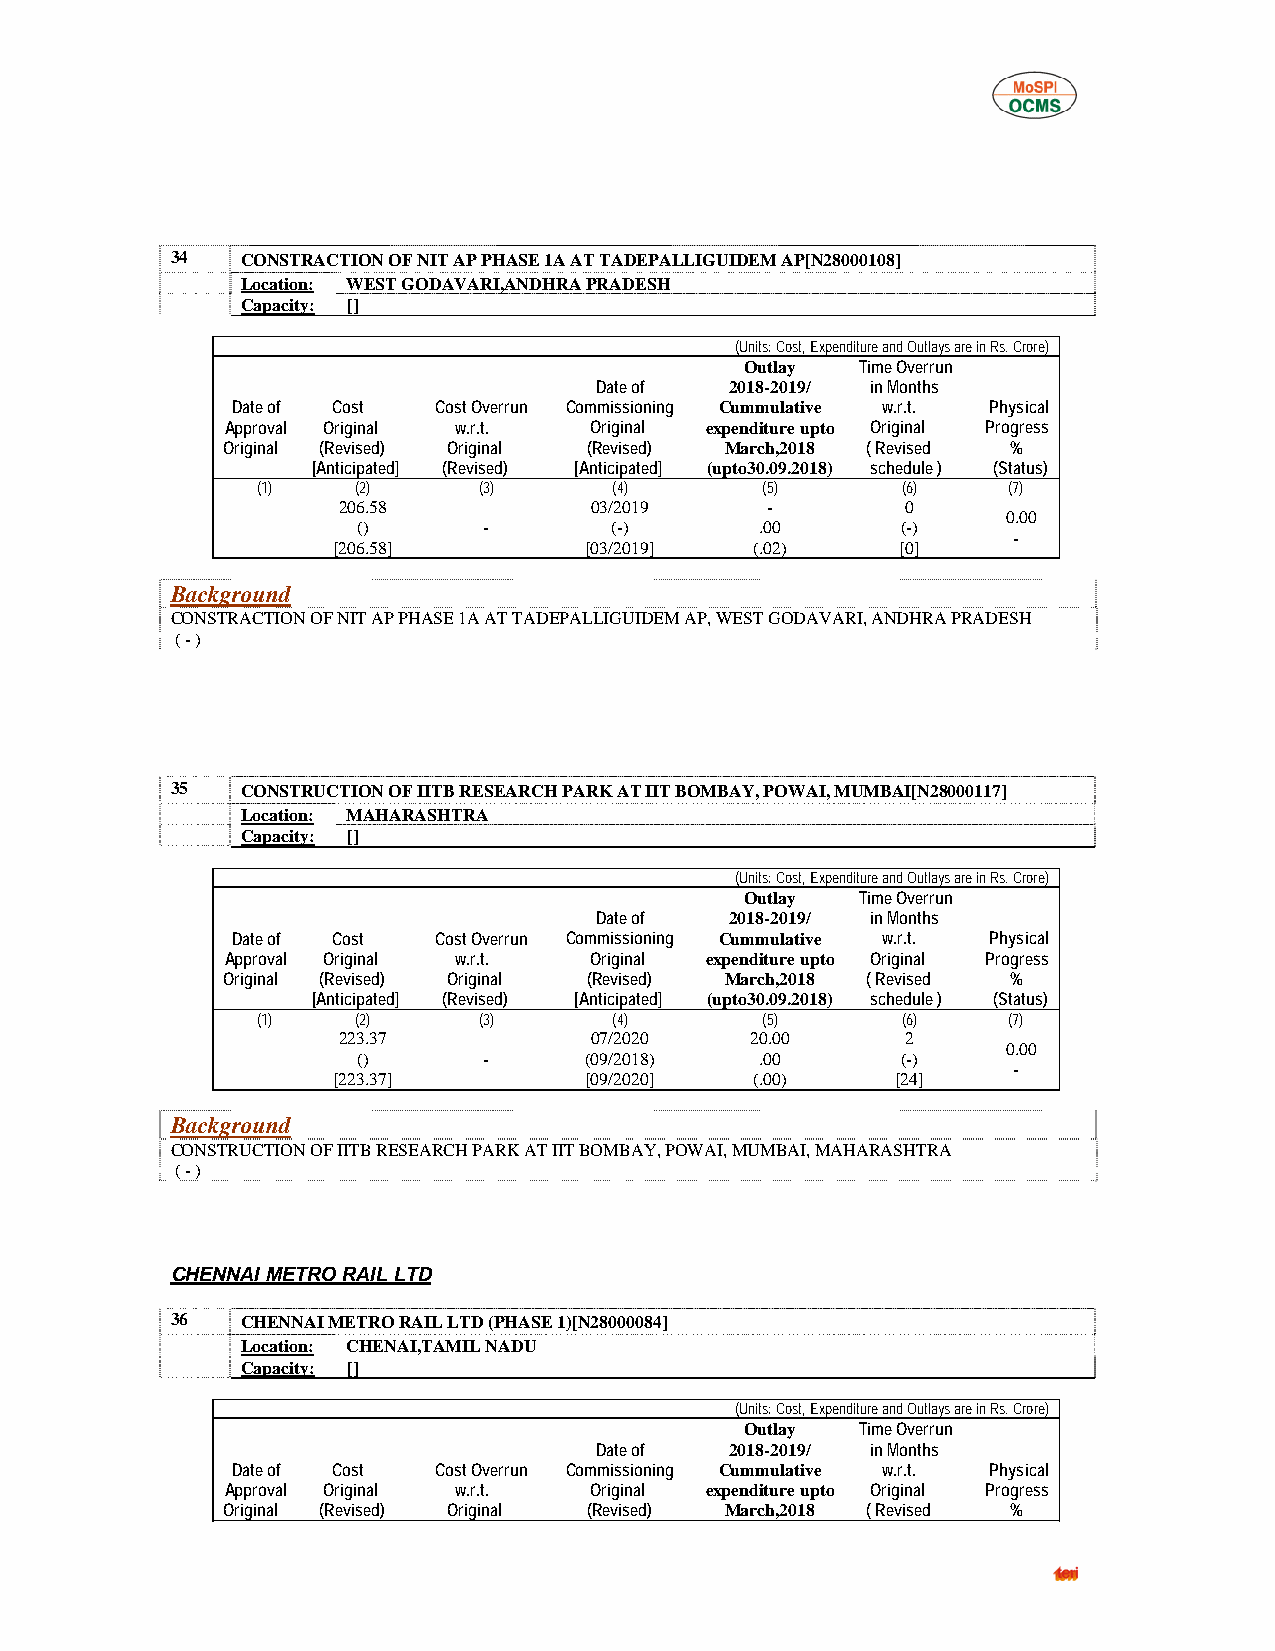
34   CONSTRACTION OF NIT AP PHASE 1A AT TADEPALLIGUIDEM AP[N28000108]
 Location: WEST GODAVARI,ANDHRA PRADESH
 Capacity: []
 (Units: Cost, Expenditure and Outlays are in Rs. Crore)
 Outlay  Time Overrun
 Date of  2018-2019/ in Months
 Date of Cost  Cost Overrun Commissioning Cummulative w.r.t. Physical
 Approval Original w.r.t. Original expenditure upto Original Progress
 Original (Revised) Original (Revised) March,2018 ( Revised %
 [Anticipated] (Revised) [Anticipated] (upto30.09.2018) schedule ) (Status)
 (1)    (2)     (3)      (4)      (5)       (6)    (7)
 206.58           03/2019     -        0
 0.00
 ()      -       (-)       .00       (-)
 -
 [206.58]         [03/2019]  (.02)     [0]
 Background
 CONSTRACTION OF NIT AP PHASE 1A AT TADEPALLIGUIDEM AP, WEST GODAVARI, ANDHRA PRADESH
 ( - )
 35   CONSTRUCTION OF IITB RESEARCH PARK AT IIT BOMBAY, POWAI, MUMBAI[N28000117]
 Location: MAHARASHTRA
 Capacity: []
 (Units: Cost, Expenditure and Outlays are in Rs. Crore)
 Outlay  Time Overrun
 Date of  2018-2019/ in Months
 Date of Cost  Cost Overrun Commissioning Cummulative w.r.t. Physical
 Approval Original w.r.t. Original expenditure upto Original Progress
 Original (Revised) Original (Revised) March,2018 ( Revised %
 [Anticipated] (Revised) [Anticipated] (upto30.09.2018) schedule ) (Status)
 (1)    (2)     (3)      (4)      (5)       (6)    (7)
 223.37           07/2020    20.00     2
 0.00
 ()      -      (09/2018)  .00       (-)
 -
 [223.37]         [09/2020]  (.00)    [24]
 Background
 CONSTRUCTION OF IITB RESEARCH PARK AT IIT BOMBAY, POWAI, MUMBAI, MAHARASHTRA
 ( - )
 CHENNAI METRO RAIL LTD
 36   CHENNAI METRO RAIL LTD (PHASE 1)[N28000084]
 Location: CHENAI,TAMIL NADU
 Capacity: []
 (Units: Cost, Expenditure and Outlays are in Rs. Crore)
 Outlay  Time Overrun
 Date of  2018-2019/ in Months
 Date of Cost  Cost Overrun Commissioning Cummulative w.r.t. Physical
 Approval Original w.r.t. Original expenditure upto Original Progress
 Original (Revised) Original (Revised) March,2018 ( Revised %